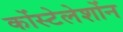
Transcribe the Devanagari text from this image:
कोंस्टेलेशोंन